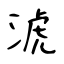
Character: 淲